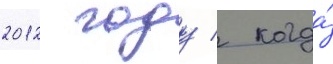
2012 году / когда́